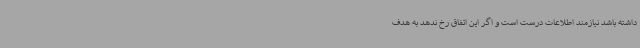
داشته باشد نیازمند اطلاعات درست است و اگر این اتفاق رخ ندهد به هدف